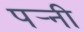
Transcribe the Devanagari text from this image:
पर्‍नी